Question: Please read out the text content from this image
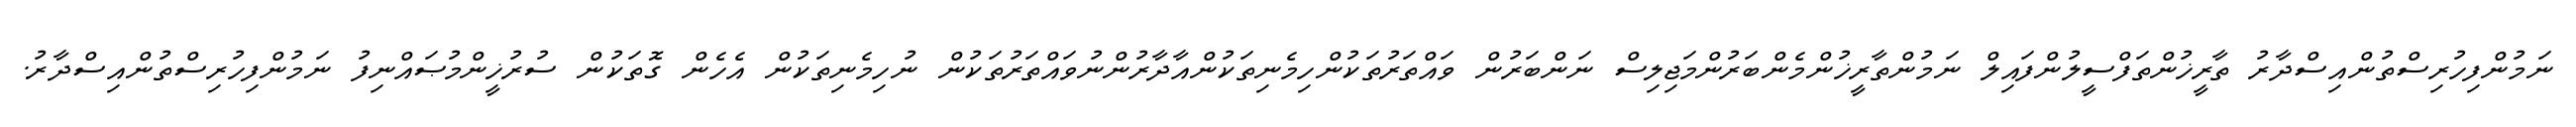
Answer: ނަމުންފިހުރިސްތުންއިސްދާރު ތާރީޚުންތަފްސީލުންފައިލް ނަމުންތާރީޚުންމެންބަރުންމަޖިލިސް ނަންބަރުން ވައްތަރުތަކުންހިމެނިތަކުންއާދާރުންނުވައްތަރުތަކުން ނުހިމެނިތަކުން އެހެން ގޮތަކުން ސުރުޚީންމުޞައްނިފު ނަމުންފިހުރިސްތުންއިސްދާރު.